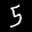
Label: 5